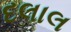
દલાલ